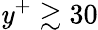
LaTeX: \mathit{y}^{+}\gtrsim30